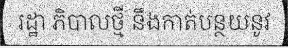
រដ្ឋា ភិបាលថ្មី នឹងកាត់បន្ថយនូវ